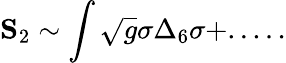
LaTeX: {\mathbf S}_{2}\sim\int\sqrt{g}\sigma\Delta_{6}\sigma+.....